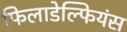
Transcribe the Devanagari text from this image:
फिलाडेल्फियंस